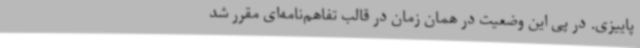
پاییزی. در پی این وضعیت در همان زمان در قالب تفاهم‌نامه‌ای مقرر شد